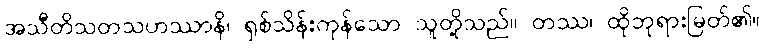
အသီတိသတသဟဿာနိ၊ ရှစ်သိန်းကုန်သော သူတို့သည်။ တဿ၊ ထိုဘုရားမြတ်၏။